Statistics compiled by the Government of India from the reports of provincial Civil Veterinary Departments
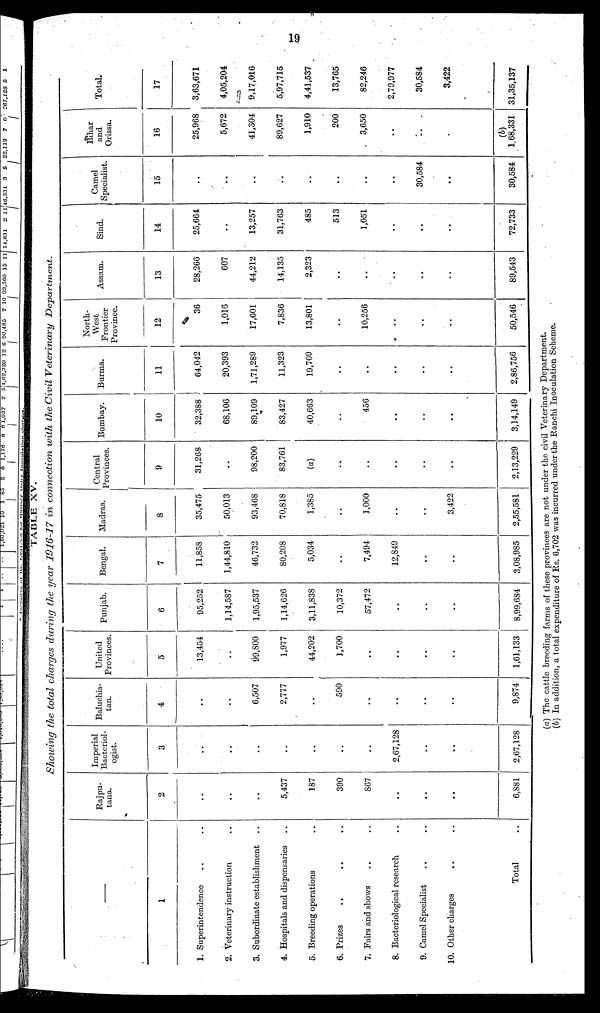
19
TABLE XV.
Showing the total charges during the year 1916-17 in connection with the Civil Veterinary
Department.
—
1
1. Superintendence .. ..
2. Veterinary instruction ..
3. Subordinate establishment ..
4. Hospitals and dispensaries ..
5. Breeding operations ..
6. Prizes .. .. ..
7. Fairs and shows .. ..
8. Bacteriological research ..
9. Camel Specialist .. ..
10. Other charges .. ..
Total ..
Rajpu-
tana.
2
..
..
..
5,437
187
390
867
..
..
..
6,881
Imperial
Bacteriol-
ogist.
3
..
..
..
..
..
..
..
2,67,128
..
..
2,67,128
Baluchis-
tan.
4
..
..
6,507
2,777
..
590
..
..
..
..
9,874
United
Provinces.
5
13,454
..
99,800
1,977
44,202
1,700
..
..
..
..
1,61,133
Punjab.
6
95,252
1,14,587
1,95,537
1,14,626
3,11,838
10,372
57,472
..
..
..
8,99,684
Bengal.
7
11,858
1,44,810
46,732
80,208
5,034
..
7,494
12,849
..
..
3,08,985
Madras.
8
35,475
50,013
93,468
70,818
1,385
..
1,000
..
..
3,422
2,55,581
Central
Provinces.
9
31,268
..
98,200
83,761
(a)
..
..
..
..
..
2,13,229
Bombay.
10
32,388
68,106
89,109
83,427
40,663
..
456
..
..
..
3,14,149
Burma.
11
64,042
20,393
1,71,289
11,323
19,709
..
..
..
..
..
2,86,756
North-
West
Frontier
Province.
12
36
1,016
17,601
7,836
13,801
..
10,256
..
..
..
50,546
Assam.
13
28,266
607
44,212
14,135
2,323
..
..
..
..
..
89,543
Sind.
14
25,664
..
13,257
31,763
485
513
1,051
..
..
..
72,733
Camel
Specialist.
15
..
..
..
..
..
..
..
..
30,584
..
30,584
Bihar
and
Orissa.
16
25,968
5,672
41,304
89,627
1,910
200
3,650
..
..
..
(b)
1,68,331
Total.
17
3,63,671
4,05,204
9,17,016
5,97,715
4,41,537
13,765
82,246
2,79,977
30,584
3,422
31,35,137
(a) The cattle breeding farms of these provinces are not under the civil Veterinary Department.
(b) In addition, a total expenditure of Rs. 6,702 was incurred under the Ranchi Inoculation Scheme.